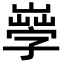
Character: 𡦙